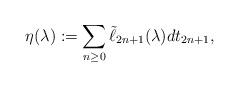
LaTeX: \begin{align*}\eta(\lambda):=\sum_{n\geq 0}\tilde\ell_{2n+1}(\lambda)dt_{2n+1},\end{align*}